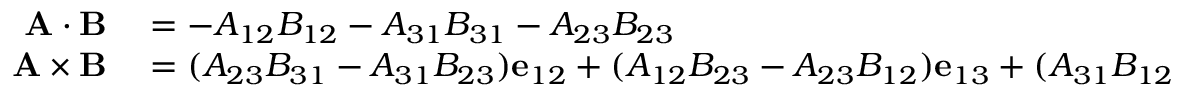
\begin{array} { r l } { \mathbf { A } \cdot \mathbf { B } } & { { } = - A _ { 1 2 } B _ { 1 2 } - A _ { 3 1 } B _ { 3 1 } - A _ { 2 3 } B _ { 2 3 } } \\ { \mathbf { A } \times \mathbf { B } } & { { } = ( A _ { 2 3 } B _ { 3 1 } - A _ { 3 1 } B _ { 2 3 } ) \mathbf { e } _ { 1 2 } + ( A _ { 1 2 } B _ { 2 3 } - A _ { 2 3 } B _ { 1 2 } ) \mathbf { e } _ { 1 3 } + ( A _ { 3 1 } B _ { 1 2 } - A _ { 1 2 } B _ { 3 1 } ) \mathbf { e } _ { 2 3 } . } \end{array}